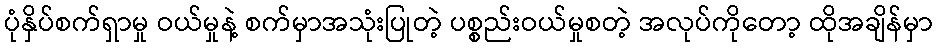
ပုံနှိပ်စက်ရှာမှု ဝယ်မှုနဲ့ စက်မှာအသုံးပြုတဲ့ ပစ္စည်းဝယ်မှုစတဲ့ အလုပ်ကိုတော့ ထိုအချိန်မှာ